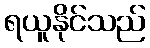
ရယူနိုင်သည်